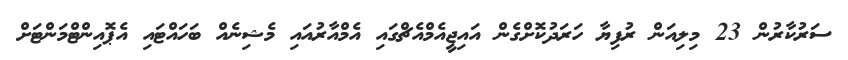
ސަރުކާރުން 23 މިލިއަން ރުފިޔާ ހަރަދުކޮށްގެން އައިޖީއެމްއެޗްގައި އެމްއާރުއައި މެޝިނެއް ބަހައްޓައި އެޕޮއިންޓްމަންޓަށް